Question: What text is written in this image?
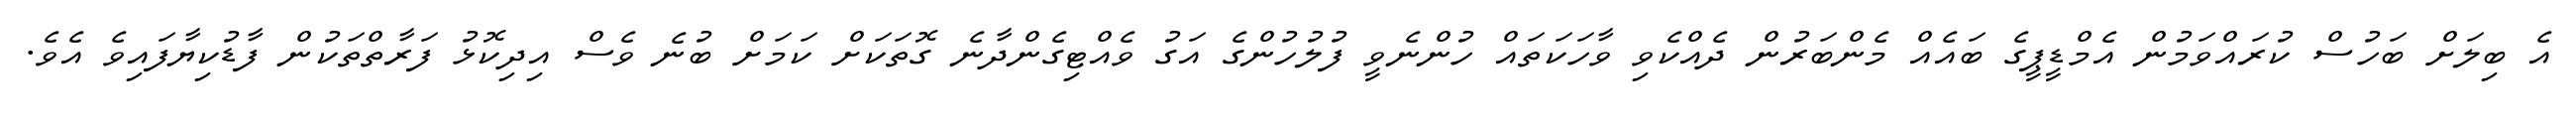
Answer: އެ ބިލަށް ބަހުސް ކުރައްވަމުން އެމްޑީޕީގެ ބައެއް މެންބަރުން ދެއްކެވި ވާހަކަތައް ހުންނެވީ ފުލުހުންގެ އަގު ވެއްޓިގެންދާނެ ގޮތަކަށް ކަމަށް ބުނެ ވެސް އިދިކޮޅު ފަރާތްތަކުން ފާޑުކިޔާފައިވެ އެވެ.